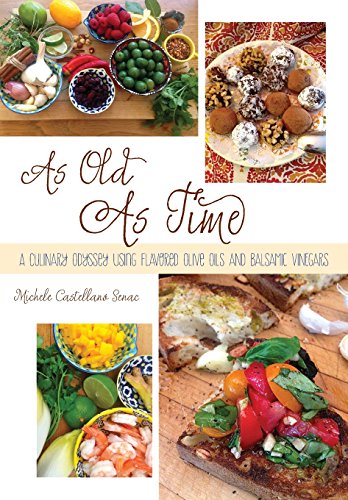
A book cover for As Old As Time: A Culinary Odyssey Using Flavored Olive Oils and Balsamic Vinegars; Michele Castellano Senac; Cookbooks, Food & Wine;